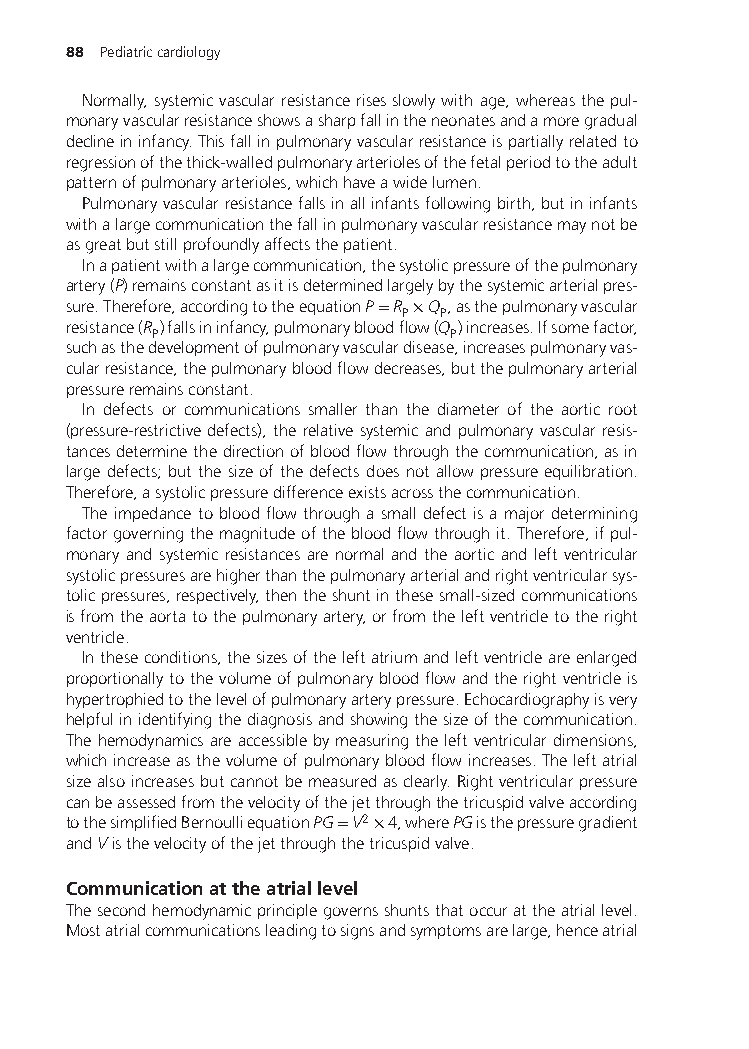
88 Pediatriccardiology
 Normally,systemicvascularresistancerisesslowlywithage,whereasthepul-
 monaryvascularresistanceshowsasharpfallintheneonatesandamoregradual
 declineininfancy.Thisfallinpulmonaryvascularresistanceispartiallyrelatedto
 regressionofthethick-walledpulmonaryarteriolesofthefetalperiodtotheadult
 patternofpulmonaryarterioles,whichhaveawidelumen.
 Pulmonaryvascularresistancefallsinallinfantsfollowingbirth,butininfants
 withalargecommunicationthefallinpulmonaryvascularresistancemaynotbe
 asgreatbutstillprofoundlyaffectsthepatient.
 Inapatientwithalargecommunication,thesystolicpressureofthepulmonary
 artery(P)remainsconstantasitisdeterminedlargelybythesystemicarterialpres-
 sure.Therefore,accordingtotheequationP=R ×Q ,asthepulmonaryvascular
 P  P
 resistance(R )fallsininfancy,pulmonarybloodflow(Q )increases.Ifsomefactor,
 P                  P
 suchasthedevelopmentofpulmonaryvasculardisease,increasespulmonaryvas-
 cularresistance,thepulmonarybloodflowdecreases,butthepulmonaryarterial
 pressureremainsconstant.
 In defects or communications smaller than the diameter of the aortic root
 (pressure-restrictivedefects),therelativesystemicandpulmonaryvascularresis-
 tancesdeterminethedirectionofbloodflowthroughthecommunication,asin
 largedefects;butthesizeofthedefectsdoesnotallowpressureequilibration.
 Therefore,asystolicpressuredifferenceexistsacrossthecommunication.
 Theimpedancetobloodflowthroughasmalldefectisamajordetermining
 factorgoverningthemagnitudeofthebloodflowthroughit.Therefore,ifpul-
 monary and systemic resistances are normal and the aortic and left ventricular
 systolicpressuresarehigherthanthepulmonaryarterialandrightventricularsys-
 tolicpressures,respectively,thentheshuntinthesesmall-sizedcommunications
 isfromtheaortatothepulmonaryartery,orfromtheleftventricletotheright
 ventricle.
 Intheseconditions,thesizesoftheleftatriumandleftventricleareenlarged
 proportionallytothevolumeofpulmonarybloodflowandtherightventricleis
 hypertrophiedtothelevelofpulmonaryarterypressure.Echocardiographyisvery
 helpfulinidentifyingthediagnosisandshowingthesizeofthecommunication.
 Thehemodynamicsareaccessiblebymeasuringtheleftventriculardimensions,
 whichincreaseasthevolumeofpulmonarybloodflowincreases.Theleftatrial
 sizealsoincreasesbutcannotbemeasuredasclearly.Rightventricularpressure
 canbeassessedfromthevelocityofthejetthroughthetricuspidvalveaccording
 tothesimplifiedBernoulliequationPG=V2×4,wherePGisthepressuregradient
 andVisthevelocityofthejetthroughthetricuspidvalve.
 Communicationattheatriallevel
 Thesecondhemodynamicprinciplegovernsshuntsthatoccurattheatriallevel.
 Mostatrialcommunicationsleadingtosignsandsymptomsarelarge,henceatrial